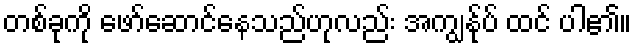
တစ်ခုကို ဖော်ဆောင်နေသည်ဟုလည်း အကျွန်ုပ် ထင် ပါ၏။